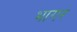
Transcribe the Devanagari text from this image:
भागर